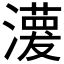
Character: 𤁊